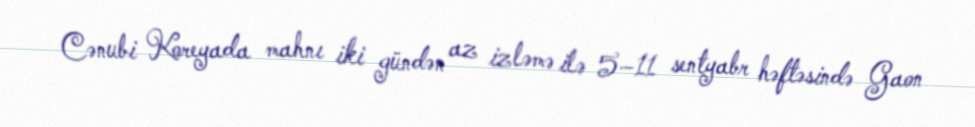
Cənubi Koreyada mahnı iki gündən az izləmə ilə 5–11 sentyabr həftəsində Gaon